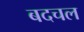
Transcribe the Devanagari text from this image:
बदचल